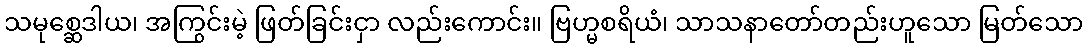
သမုစ္ဆေဒါယ၊ အကြွင်းမဲ့ ဖြတ်ခြင်းငှာ လည်းကောင်း။ ဗြဟ္မစရိယံ၊ သာသနာတော်တည်းဟူသော မြတ်သော